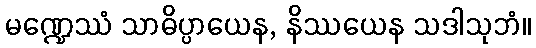
မဏ္ဍေဿံ သာဓိပ္ပာယေန, နိဿယေန သဒါသုဘံ။